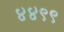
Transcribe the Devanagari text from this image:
४४९९